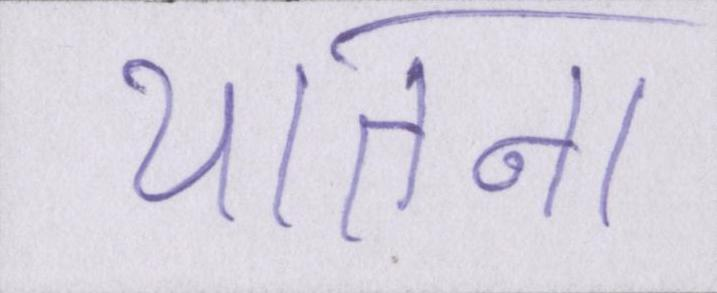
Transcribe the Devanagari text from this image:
यातना